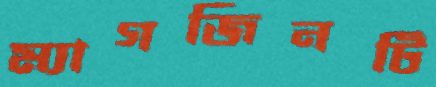
ম্যাগজিনটি